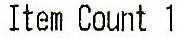
ITEM COUNT 1